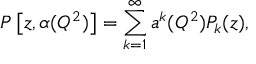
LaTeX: P \left[ z , \alpha ( Q ^ { 2 } ) \right] = \sum _ { k = 1 } ^ { \infty } a ^ { k } ( Q ^ { 2 } ) P _ { k } ( z ) ,